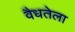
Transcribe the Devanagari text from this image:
वैधतेला